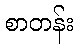
စာတန်း